Observations on rabies - Number 36
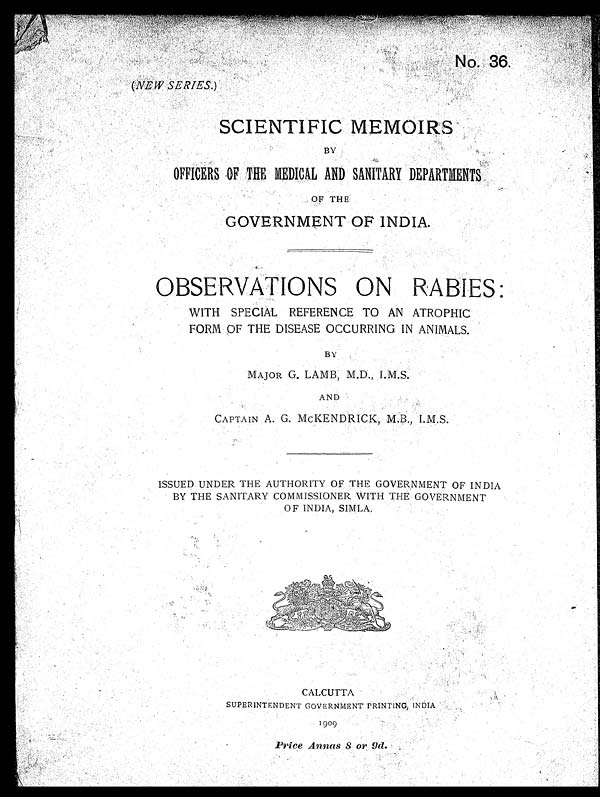
No. 36.
( NEWERIES.)
(NEW SERIES.)
SCIENTIFIC MEMOIRS
BY
OFFICERS OF THE MEDICAL AND SANITARY DEPARTMENTS
OF THE
GOVERNMENT OF INDIA.
OBSERVATIONS ON RABIES:
WITH SPECIAL REFERENCE TO AN ATROPHIC
FORM OF THE DISEASE OCCURRING IN ANIMALS.
BY
MAJOR G. LAMB, M.D., I.M.S.
AND
CAPTAIN A. G. MCKENDRICK, M.B., I.M.S.
ISSUED UNDER THE AUTHORITY OF THE GOVERNMENT OF INDIA
BY THE SANITARY COMMISSIONER WITH THE GOVERNMENT
OF INDIA, SIMLA.
CALCUTTA
SUPERINTENDENT GOVERNMENT PRINTING, INDIA
1909
Price Annas 8 or 9d .